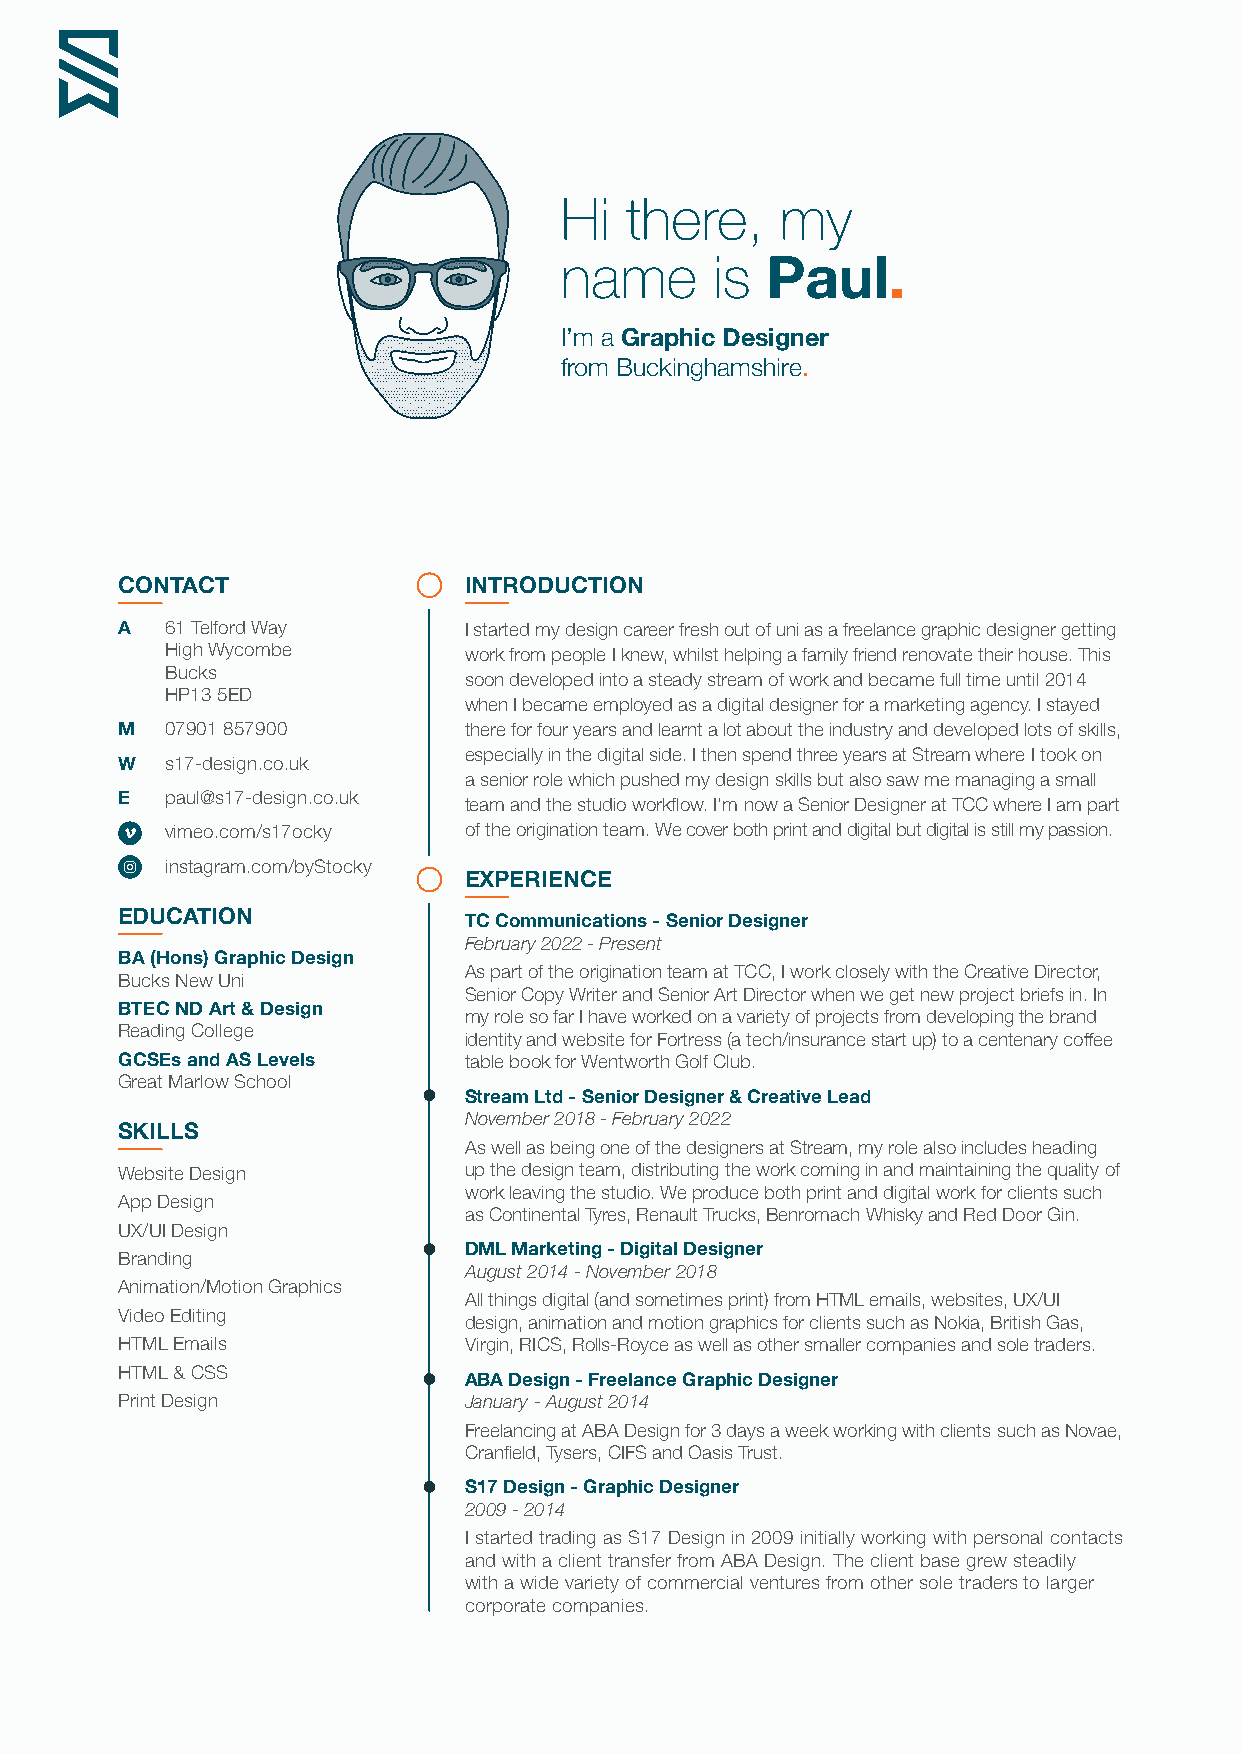
Hi  there,     my
 name      is
 Paul.
 I’m a Graphic Designer
 from Buckinghamshire.
 CONTACT                INTRODUCTION
 A  61 Telford Way      I started my design career fresh out of uni as a freelance graphic designer getting
 High Wycombe        work from people I knew, whilst helping a family friend renovate their house. This
 Bucks
 soon developed into a steady stream of work and became full time until 2014
 HP13 5ED
 when I became employed as a digital designer for a marketing agency. I stayed
 M  07901 857900        there for four years and learnt a lot about the industry and developed lots of skills,
 especially in the digital side. I then spend three years at Stream where I took on
 W  s17-design.co.uk
 a senior role which pushed my design skills but also saw me managing a small
 E  paul@s17-design.co.uk team and the studio workflow. I’m now a Senior Designer at TCC where I am part
 vimeo.com/s17ocky   of the origination team. We cover both print and digital but digital is still my passion.
 instagram.com/byStocky
 EXPERIENCE
 EDUCATION              TC Communications - Senior Designer
 February 2022 - Present
 BA (Hons) Graphic Design
 As part of the origination team at TCC, I work closely with the Creative Director,
 Bucks New Uni
 Senior Copy Writer and Senior Art Director when we get new project briefs in. In
 BTEC ND Art & Design   my role so far I have worked on a variety of projects from developing the brand
 Reading College
 identity and website for Fortress (a tech/insurance start up) to a centenary coffee
 GCSEs and AS Levels    table book for Wentworth Golf Club.
 Great Marlow School
 Stream Ltd - Senior Designer & Creative Lead
 November 2018 - February 2022
 SKILLS
 As well as being one of the designers at Stream, my role also includes heading
 Website Design         up the design team, distributing the work coming in and maintaining the quality of
 work leaving the studio. We produce both print and digital work for clients such
 App Design
 as Continental Tyres, Renault Trucks, Benromach Whisky and Red Door Gin.
 UX/UI Design
 Branding               DML Marketing - Digital Designer
 August 2014 - November 2018
 Animation/Motion Graphics
 All things digital (and sometimes print) from HTML emails, websites, UX/UI
 Video Editing
 design, animation and motion graphics for clients such as Nokia, British Gas,
 HTML Emails            Virgin, RICS, Rolls-Royce as well as other smaller companies and sole traders.
 HTML & CSS
 ABA Design - Freelance Graphic Designer
 Print Design           January - August 2014
 Freelancing at ABA Design for 3 days a week working with clients such as Novae,
 Cranfield, Tysers, CIFS and Oasis Trust.
 S17 Design - Graphic Designer
 2009 - 2014
 I started trading as S17 Design in 2009 initially working with personal contacts
 and with a client transfer from ABA Design. The client base grew steadily
 with a wide variety of commercial ventures from other sole traders to larger
 corporate companies.